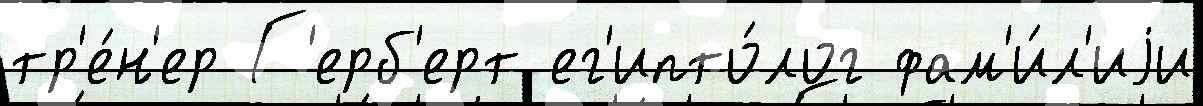
тр'е́н'ер Г'ерб'ерт ег'ипто́лог фам'и́л'иjи